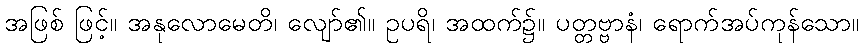
အဖြစ် ဖြင့်။ အနုလောမေတိ၊ လျော်၏။ ဥပရိ၊ အထက်၌။ ပတ္တဗ္ဗာနံ၊ ရောက်အပ်ကုန်သော။